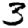
Digit: 3